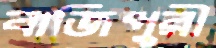
বাজিপুরী